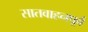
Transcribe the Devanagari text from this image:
सातवाहनपूर्व